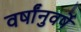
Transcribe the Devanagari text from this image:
वर्षांनुवर्षे